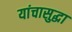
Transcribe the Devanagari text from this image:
यांचासुद्धा